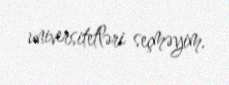
universitetləri seçməyim.